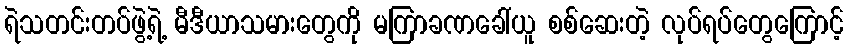
ရဲသတင်းတပ်ဖွဲ့ရဲ့ မီဒီယာသမားတွေကို မကြာခဏခေါ်ယူ စစ်ဆေးတဲ့ လုပ်ရပ်တွေကြောင့်